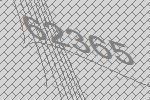
62365